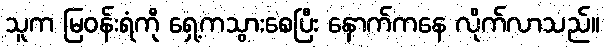
သူက မြဝန်းရံကို ရှေ့ကသွားစေပြီး နောက်ကနေ လိုက်လာသည်။